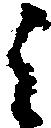
之